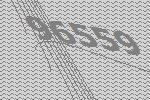
96559